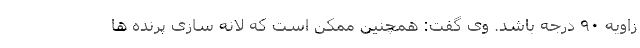
زاویه ٩٠ درجه باشد. وی گفت: همچنین ممکن است که لانه سازی پرنده ها